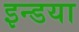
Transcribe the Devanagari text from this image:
इन्डया